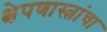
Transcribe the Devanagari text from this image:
क्षेपणास्त्रांचा